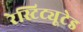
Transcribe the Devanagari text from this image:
रेस्टिट्यूटेड